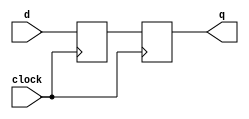
`timescale 1ns / 1ps
//////////////////////////////////////////////////////////////////////////////////
// Company: 
// Engineer: 
// 
// Design Name: 
// Module Name: synchronizer
// Project Name: 
// Target Devices: 
// Tool Versions: 
// Description: 
// 
// Dependencies: 
// 
// Revision:
// Revision 0.01 - File Created
// Additional Comments:
// 
//////////////////////////////////////////////////////////////////////////////////


module synchronizer(
    output q,
    input d,
    input clock
    );
    
    reg q0, q1;
    assign q = q1;
    
    always @(posedge clock)
    begin
        q0 <= d;
        q1 <= q0;
    end
endmodule